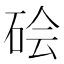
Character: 𬒊